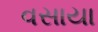
વસાયા